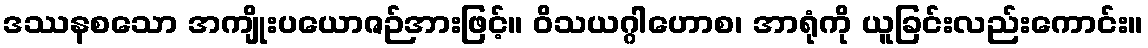
ဒဿနစသော အကျိုးပယောဇဉ်အားဖြင့်။ ဝိသယဂ္ဂါဟောစ၊ အာရုံကို ယူခြင်းလည်းကောင်း။